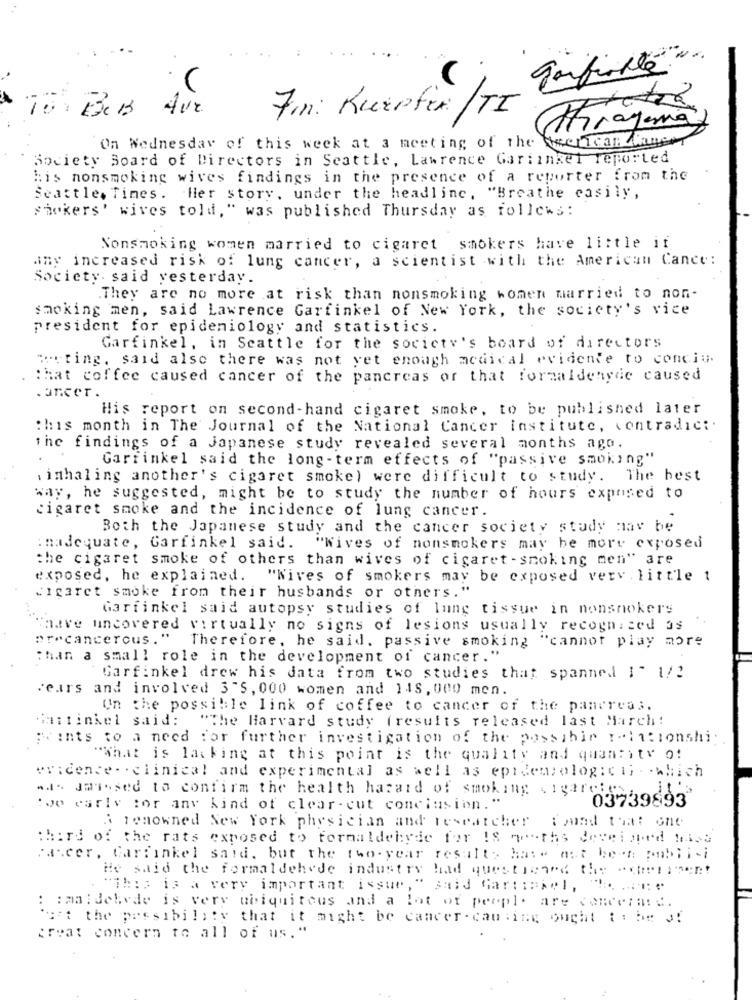
7on: KuEnfin/TI
Tiragema
On Wednesday of this week at a meeting of the teen Tran fer
Society Board of Directors in Seattle, Lawrence Gariinket reported
His nonsmoking wives findings in the presence of a reporter from the
Seattle, Times. Hier story, under the headline, "Breathe easily,
shokers' wives told," was published Thursday as follows:
Nonsmoking women married to cigaret smokers have little if
amy increased risk of lung cancer, a scientist with the American Cance:
Society. said yesterday.
.They are no more at risk than nonsmoking women married to non-
smoking men, said Lawrence Garfinkel of New York, the society's vice
president for epidemiology and statistics.
Garfinkel, in Seattle for the society's board of directors
Testing, said also there was not yet enough medical evidente to conclu.
that coffee caused cancer of the pancreas or that formaldehyde caused
.ancer.
His report on second -hand cigaret smoke, to be published later
this month in The Journal of the National Cancer institute, contradict.
the findings of a Japanese study revealed several months ago.
Garfinkel said the long-term effects of "passive smoking"
inhaling another's cigaret smoke) were difficult to study. The best
way, he suggested, might be to study the number of hours exposed to
cigaret smoke and the incidence of lung cancer.
Both the Japanese study and the cancer society study may be
inadequate, Garfinkel said. "Wives of nonsmokers may be more exposed
the cigaret smoke of others than wives of cigaret -smoking men" are
exposed, he explained. "Nives of smokers may be exposed verv . little t
Cigaret smoke from their husbands or others."
Garfinkel said autopsy studies of lung tissue in nonsmokers
"have uncovered virtually no signs of lesions usually recognized as
precancerous ."
Therefore, he said, passive smoking "cannot play more
;han a small role in the development of cancer."
Garfinkel drew his data from two studies that spanned I" 1/2
Fears and involved 3"S, 000 women and 145, 000 men.
Un the possible link of coffee to cancer of the pancreas.
Saitinkel said:
"The Harvard study (results released last March!
Hints to a need for further investigation of the possihir :"lationshi;
"What is lacking at this point is the quality and quantity of
"vicente - . clinical and experimental as well as epidemiologic ii - - which
... Jmissed to confirm the health hasard of smoking !garcicy;
03739893
:wo early for any kind of clear- cut conclusion."
A renowned New York physician and researcher iound that one
third of the rats exposed to formaldehyde for IS qraths developed Mica
cancer. Garfinkel said. but the two-year results have not been publi-i
He said the formaldehyde industry had questioned the "chetiment
. "This is a very important issue , " said Gar ::: sel, "
: : maldehyde is very ubiquitous and a lot of people are concera:d.
at the possibility that it might be cancer - causing ought to be 3!
great concern to all of us."